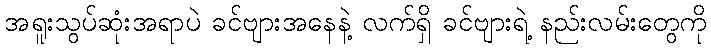
အရူးသွပ်ဆုံးအရာပဲ ခင်ဗျားအနေနဲ့ လက်ရှိ ခင်ဗျားရဲ့ နည်းလမ်းတွေကို